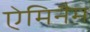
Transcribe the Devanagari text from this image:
ऐमिनैम